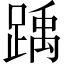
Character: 踽